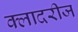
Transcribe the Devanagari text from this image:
क्लादरीज